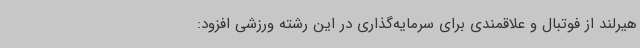
هیرلند از فوتبال و علاقمندی برای سرمایه‌گذاری در این رشته ورزشی افزود: